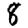
Digit: 8